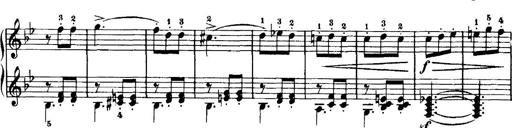
Title: 7 Sonatinas
Composer: Anton Diabelli